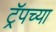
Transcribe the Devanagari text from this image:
ट्रॅपच्या